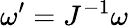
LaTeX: \omega^{\prime}=J^{-1}\omega